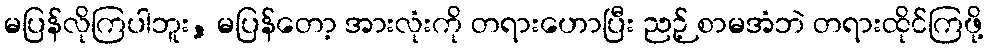
မပြန်လိုကြပါဘူး, မပြန်တော့ အားလုံးကို တရားဟောပြီး ညဉ့် စာမအံဘဲ တရားထိုင်ကြဖို့